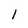
Character: 1